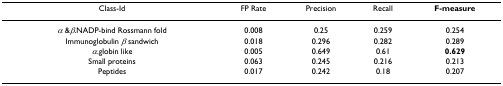
<table><thead><tr><td><b>Class-Id</b></td><td><b>FP Rate</b></td><td><b>Precision</b></td><td><b>Recall</b></td><td><b>F-measure</b></td></tr></thead><tbody><tr><td><i>α </i>&amp;<i>β</i>.NADP-bind Rossmann fold</td><td>0.008</td><td>0.25</td><td>0.259</td><td>0.254</td></tr><tr><td>Immunoglobulin <i>β </i>sandwich</td><td>0.018</td><td>0.296</td><td>0.282</td><td>0.289</td></tr><tr><td><i>α</i>.globin like</td><td>0.005</td><td>0.649</td><td>0.61</td><td><b>0.629</b></td></tr><tr><td>Small proteins</td><td>0.063</td><td>0.245</td><td>0.216</td><td>0.213</td></tr><tr><td>Peptides</td><td>0.017</td><td>0.242</td><td>0.18</td><td>0.207</td></tr></tbody></table>